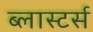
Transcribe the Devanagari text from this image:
ब्लास्टर्स